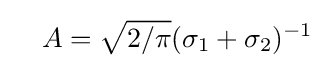
\quad A={\sqrt {2/\pi }}(\sigma _{1}+\sigma _{2})^{-1}